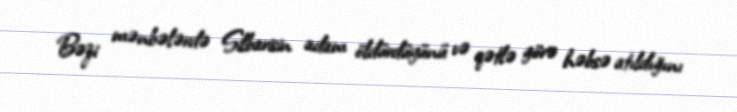
Bəzi mənbələrdə Silbarisin adam öldürdüyünü və qətlə görə həbsə atıldığını